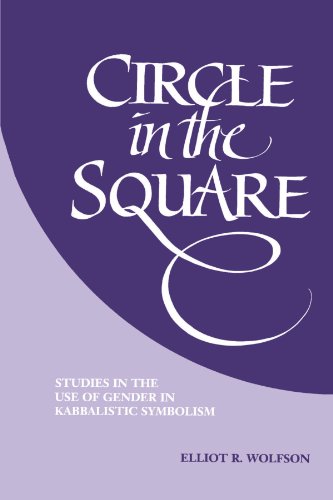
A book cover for Circle in the Square: Studies in the Use of Gender in Kabbalistic Symbolism; Elliot R. Wolfson; Religion & Spirituality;